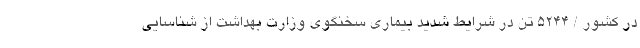
در کشور / ۵۲۴۴ تن در شرایط شدید بیماری سخنگوی وزارت بهداشت از شناسایی